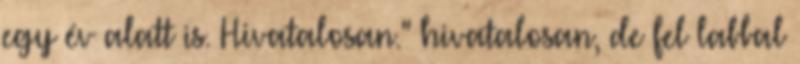
egy év alatt is. Hivatalosan." hivatalosan, de fel labbal